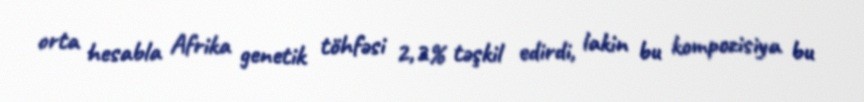
orta hesabla Afrika genetik töhfəsi 2,2% təşkil edirdi, lakin bu kompozisiya bu